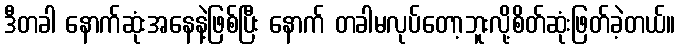
ဒီတခါ နောက်ဆုံးအနေနဲ့ဖြစ်ပြီး နောက် တခါမလုပ်တော့ဘူးလို့စိတ်ဆုံးဖြတ်ခဲ့တယ်။